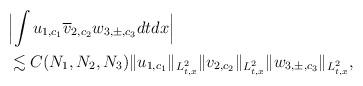
LaTeX: \begin{align*}&\Bigl| \int u_{1,c_1} \overline{v}_{2,c_2} w_{3,\pm,c_3} dt dx \Bigr|\\& \lesssim C(N_1,N_2,N_3) \|u_{1,c_1}\|_{L_{t,x}^2} \|v_{2,c_2}\|_{L_{t,x}^2} \|w_{3,\pm,c_3} \|_{L_{t,x}^2},\end{align*}